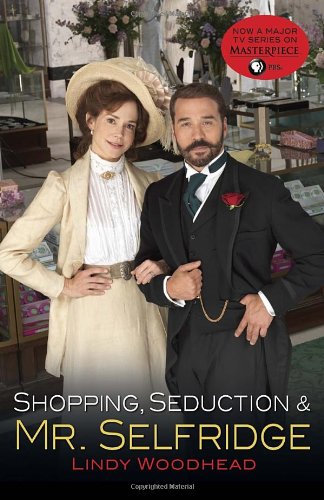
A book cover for Shopping, Seduction & Mr. Selfridge; Lindy Woodhead; Business & Money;